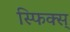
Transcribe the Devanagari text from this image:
स्फिक्स्